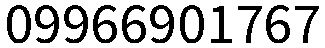
09966901767